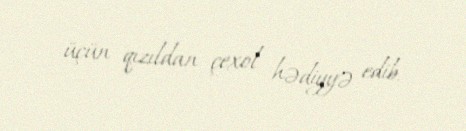
üçün qızıldan çexol hədiyyə edib.